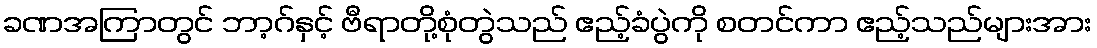
ခဏအကြာတွင် ဘာ့ဂ်နှင့် ဗီရာတို့စုံတွဲသည် ဧည့်ခံပွဲကို စတင်ကာ ဧည့်သည်များအား